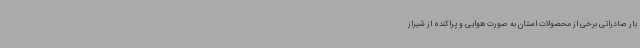
بار صادراتی برخی از محصولات استان به صورت هوایی و پراکنده از شیراز